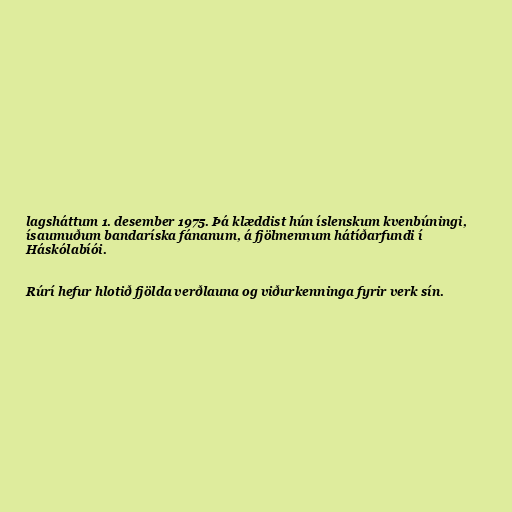
lagsháttum 1. desember 1975. Þá klæddist hún íslenskum kvenbúningi,
ísaumuðum bandaríska fánanum, á fjölmennum hátíðarfundi í
Háskólabíói.

Rúrí hefur hlotið fjölda verðlauna og viðurkenninga fyrir verk sín.